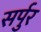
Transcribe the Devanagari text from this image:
सर्पुर